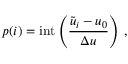
p ( i ) = \mathrm { i n t } \left( \frac { \tilde { u } _ { i } - u _ { 0 } } { { \Delta u } } \right) \, ,